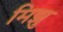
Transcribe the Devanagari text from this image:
मिझु